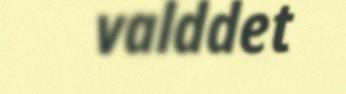
valddet